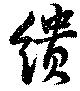
繢